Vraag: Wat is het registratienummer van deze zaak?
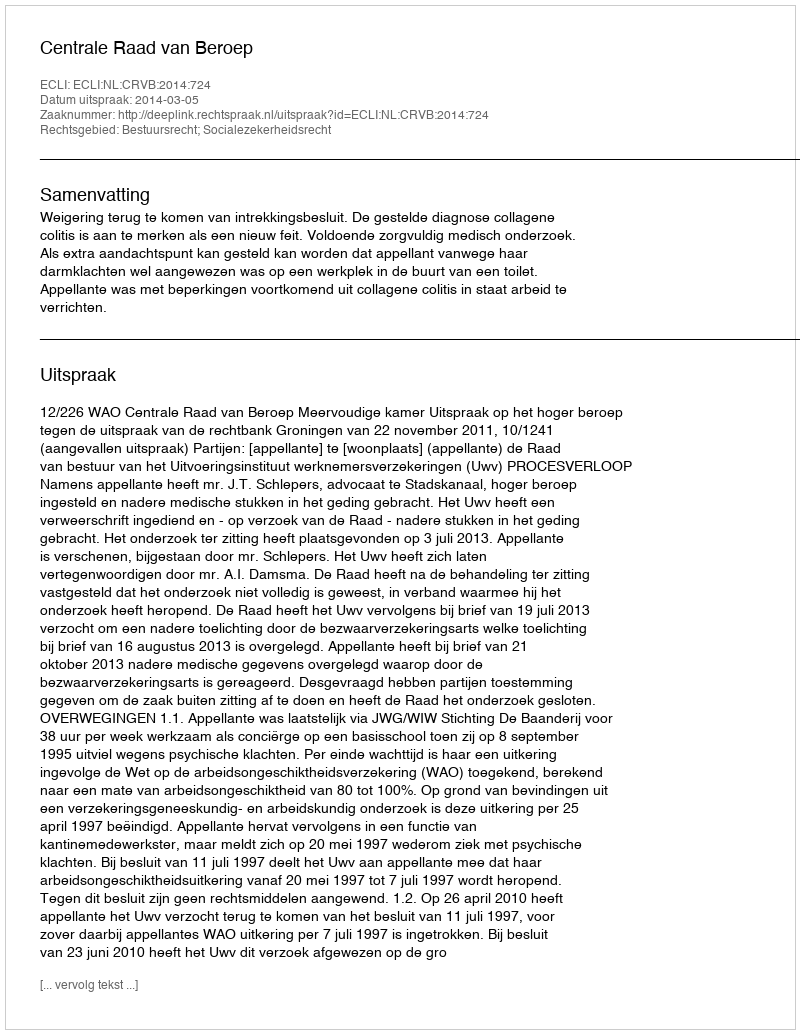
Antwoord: http://deeplink.rechtspraak.nl/uitspraak?id=ECLI:NL:CRVB:2014:724